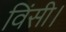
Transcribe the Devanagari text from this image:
विंसी।